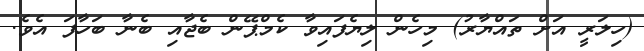
(ހިލަރީ އަށް ތައްޔާރު) މިހެން ލިޔެފައިވާ ކެމްޕޭން ބެޖާއި ބެނާ ބަހާފަ އެވެ.